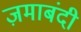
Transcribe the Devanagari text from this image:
ज़माबंदी